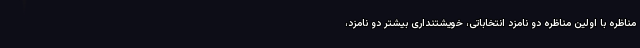
مناظره با اولین مناظره دو نامزد انتخاباتی، خویشتنداری بیشتر دو نامزد،